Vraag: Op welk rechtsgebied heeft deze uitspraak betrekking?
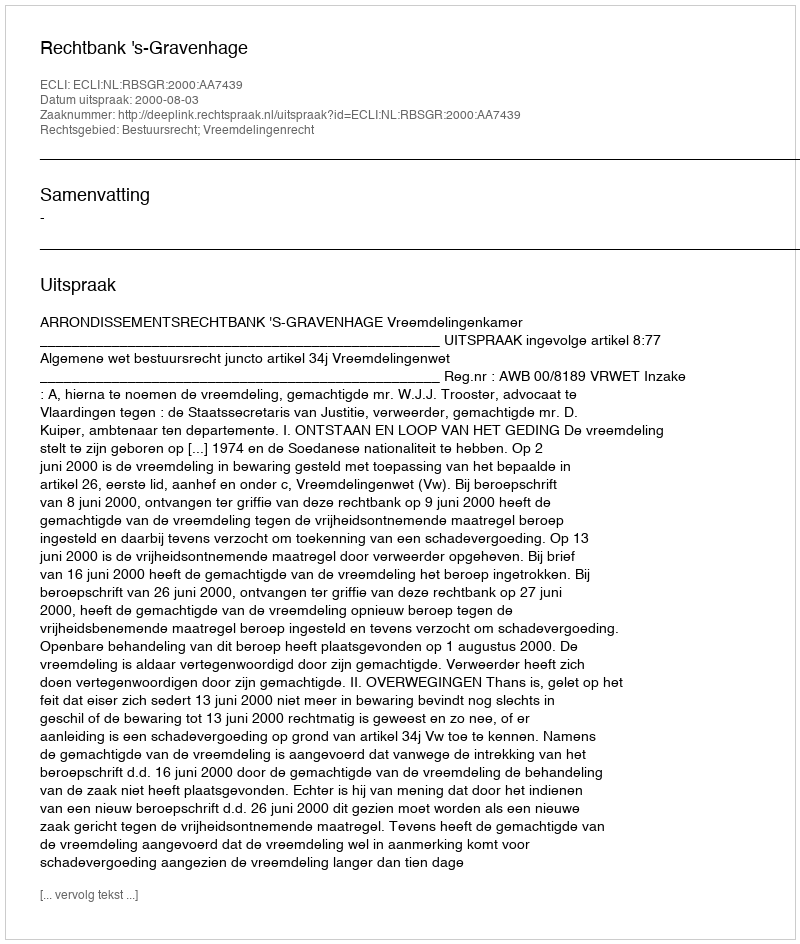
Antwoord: Bestuursrecht; Vreemdelingenrecht